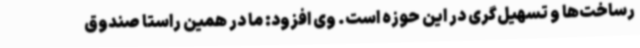
رساخت‌ها و تسهیل‌گری در این حوزه است. وی افزود: ما در همین راستا صندوق